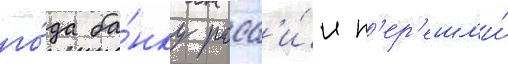
го́да ба́нку росс'и́и п'ер'ешл'и́